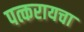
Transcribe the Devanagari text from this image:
पत्करायचा